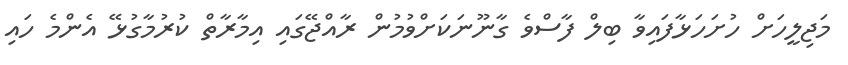
މަޖިލީހަށް ހުށަހަޅާފައިވާ ބިލް ފާސްވެ ގާނޫނަކަށްވުމުން ރާއްޖޭގައި އިމާރާތް ކުރުމާގުޅޭ އެންމެ ހައި